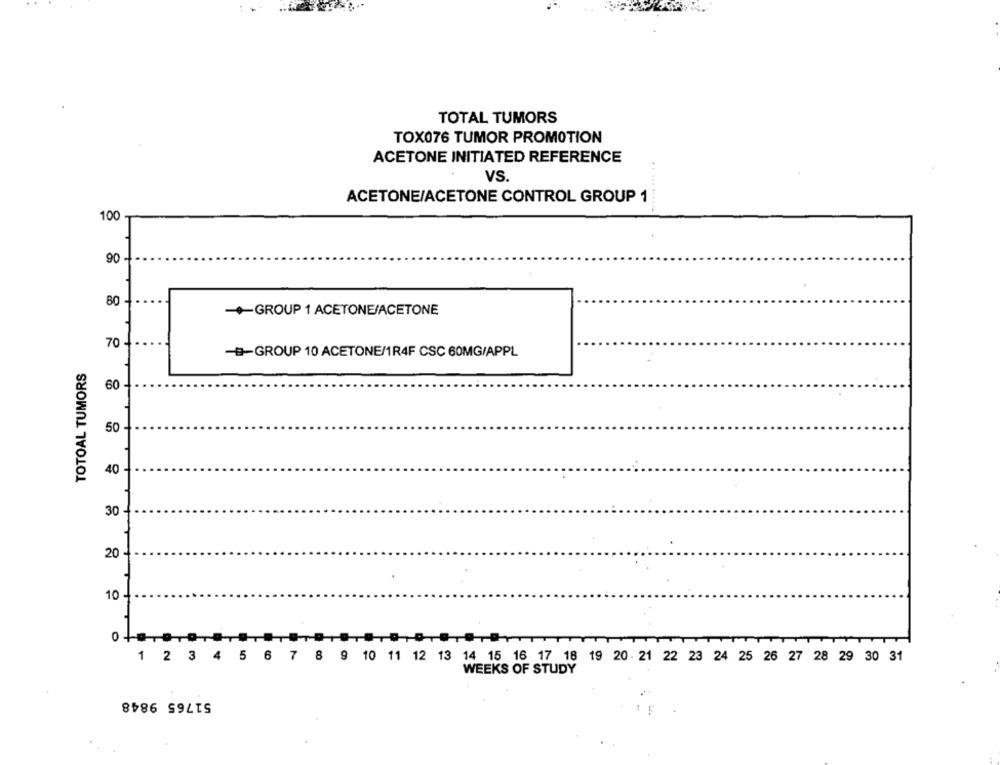
: .
TOTAL TUMORS
TOX076 TUMOR PROMOTION
ACETONE INITIATED REFERENCE
VS.
ACETONE/ACETONE CONTROL GROUP 1
100
..... ......
90
80
-GROUP 1 ACETONE/ACETONE
70
-GROUP 10 ACETONE/1R4F CSC 60MG/APPL
TOTOAL TUMORS
60-
50
40
30
20 -
10 -
0
1 2 3 4 5 6 7 8 9 10 11 12 13 14 15 16 17 18 19 20. 21 22 23 24 25 26 27 28 29 30 31
WEEKS OF STUDY
51765 9848